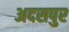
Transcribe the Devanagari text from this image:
अदसपुर